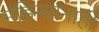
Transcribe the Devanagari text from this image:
महिन्यांनाही